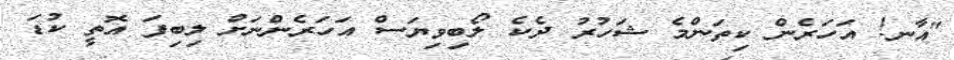
"އާނ! އަހަރެން ކިތަންމެ ޝަހުރު ދެކެ ލޯބިވިޔަސް އަހަރެންނަށް ލިބިފަ އޮތީ ކުޑަ